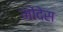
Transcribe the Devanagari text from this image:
मोंदेस